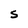
Character: S